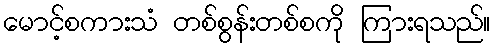
မောင့်စကားသံ တစ်စွန်းတစ်စကို ကြားရသည်။